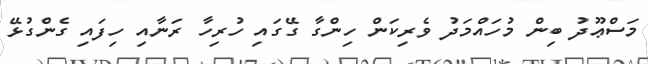
މަސްޢޫދު ބިން މުހައްމަދު ވެރިކަން ހިންގާ ގޭގައި ހުރިހާ ރަނާއި ހިފައި ގެންގުޅޭ